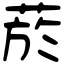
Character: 菸